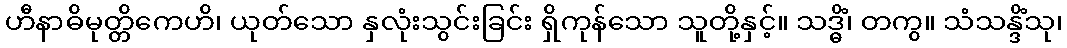
ဟီနာဓိမုတ္တိကေဟိ၊ ယုတ်သော နှလုံးသွင်းခြင်း ရှိကုန်သော သူတို့နှင့်။ သဒ္ဓိံ၊ တကွ။ သံသန္ဒိံသု၊